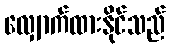
လျှောက်ထားနိုင်သည်